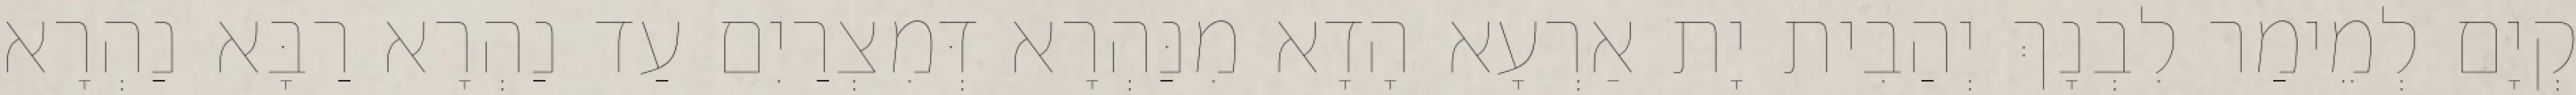
קְיָם לְמֵימַר לִבְנָךְ יְהַבִית יָת אַרְעָא הָדָא מִנַּהְרָא דְּמִצְרַיִם עַד נַהְרָא רַבָּא נַהְרָא